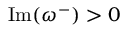
\operatorname { I m } ( \omega ^ { - } ) > 0